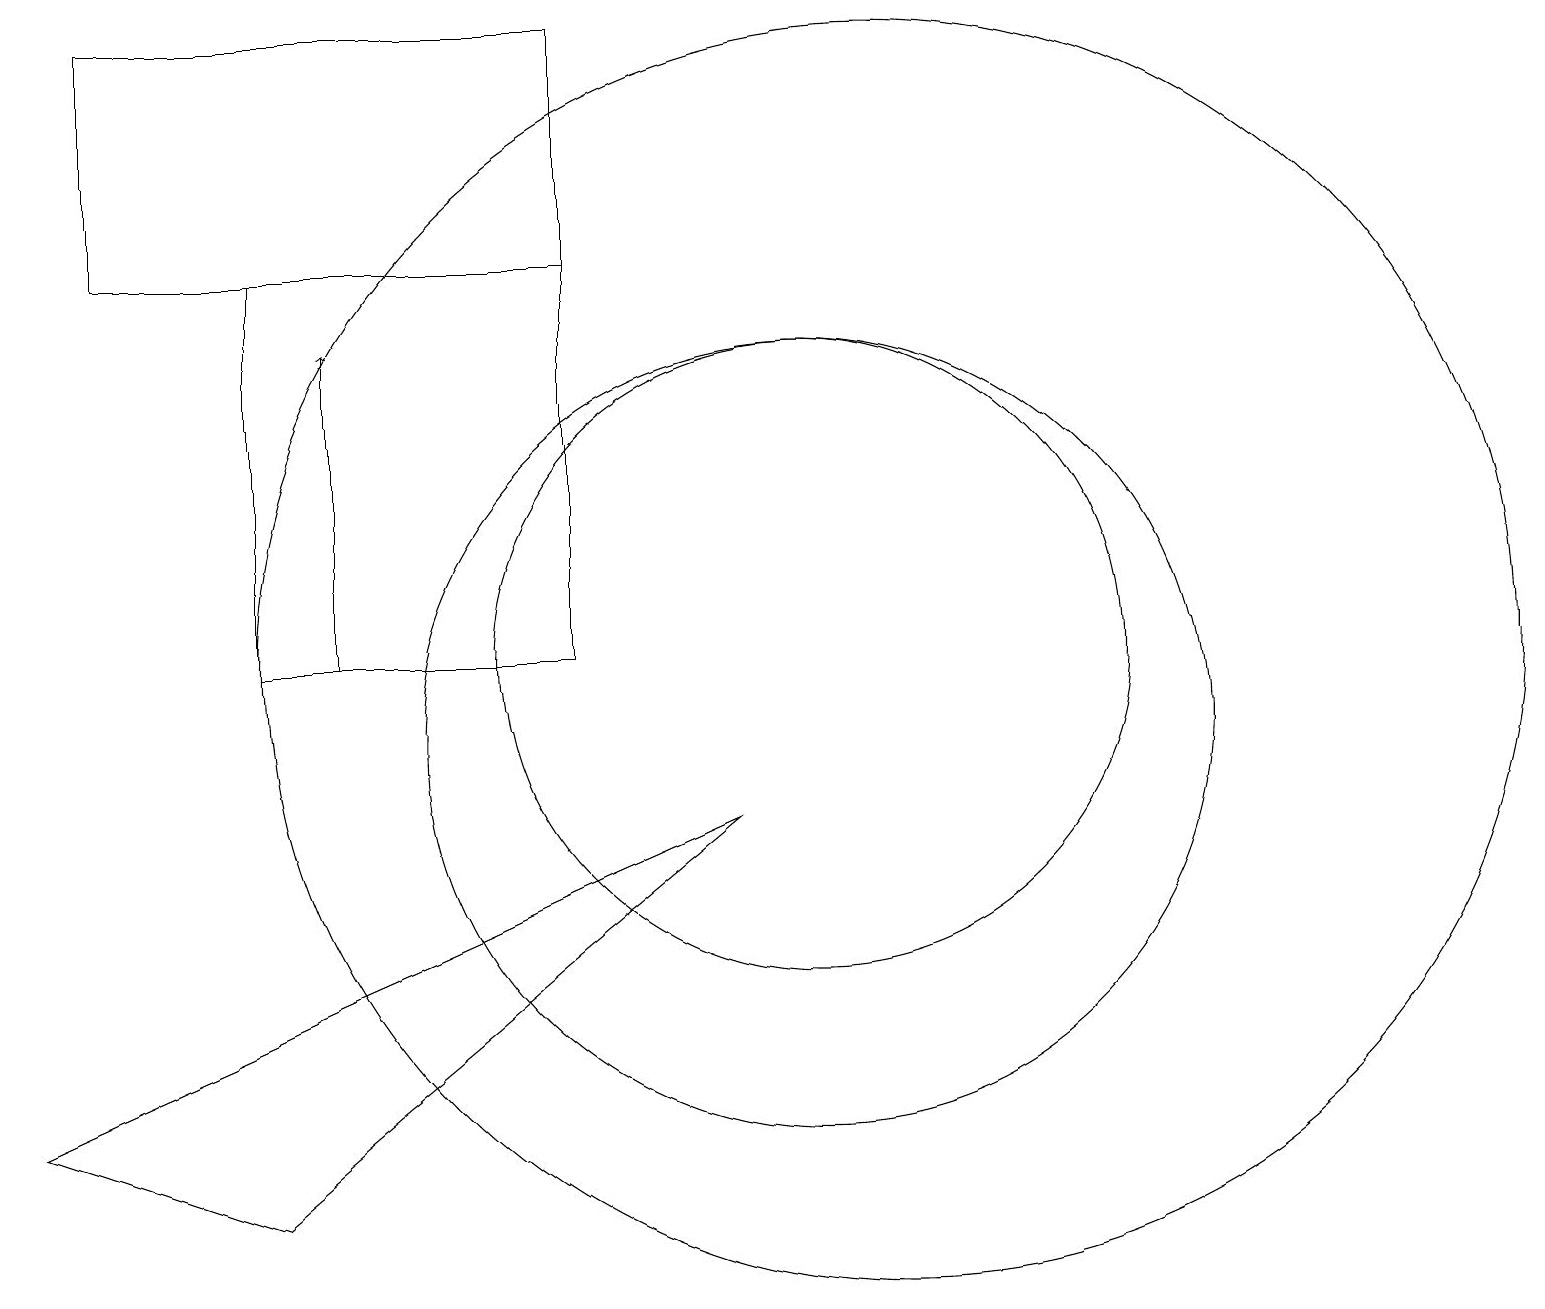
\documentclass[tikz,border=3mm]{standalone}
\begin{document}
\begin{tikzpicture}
\draw (7,16) rectangle (1,19);
\draw (10,10) circle (5);
\draw (10,11) circle (4);
\draw (3,11) rectangle (7,16);
\draw (11,11) circle (8);
\draw[->] (4,11) -- (4,15);
\draw (9,9) -- (0,5) -- (3,4) -- cycle;
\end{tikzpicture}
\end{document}